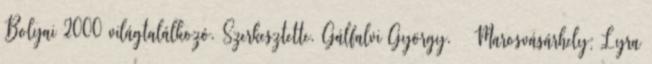
Bolyai 2000 világtalálkozó. Szerkesztette. Gálfalvi György. – Marosvásárhely: Lyra